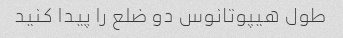
طول هیپوتانوس دو ضلع را پیدا کنید